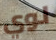
لوي